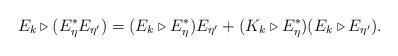
LaTeX: \begin{align*}E_k \triangleright (E_\eta^* E_{\eta^\prime}) = (E_k \triangleright E_\eta^*) E_{\eta^\prime} + (K_k \triangleright E_\eta^*) (E_k \triangleright E_{\eta^\prime}).\end{align*}